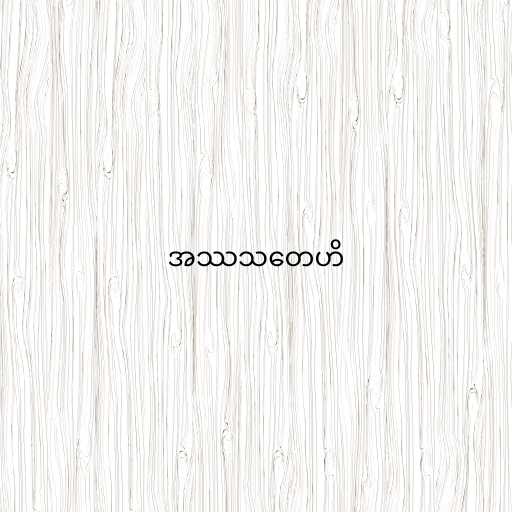
အဿသတေဟိ